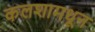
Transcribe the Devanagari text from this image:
कलशामधून